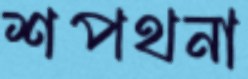
শপথনা